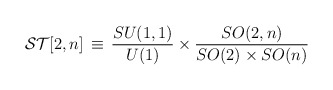
\begin{align*}{\cal ST}[2,n] \, \equiv \, \frac{SU(1,1)}{U(1)}\times\frac{SO(2,n)}{SO(2)\times SO(n)}\end{align*}